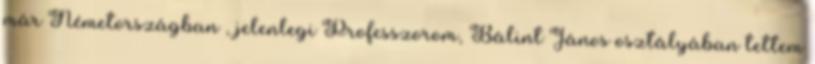
már Németországban , jelenlegi Professzorom, Bálint János osztályában tettem